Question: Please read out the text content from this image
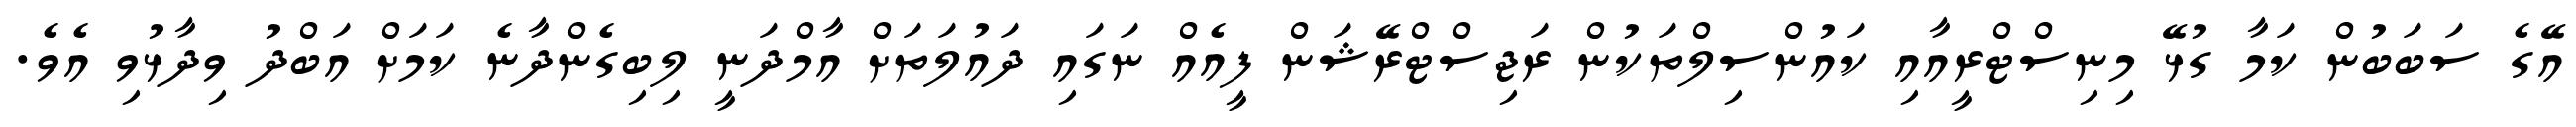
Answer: އޭގެ ސަބަބުން ކަމާ ގުޅޭ މިނިސްޓްރީއާއި ކައުންސިލްތަކުން ރަޖިސްޓްރޭޝަން ފީއެއް ނަގައި ދައުލަތަށް އާމްދަނީ ލިބިގެންދާނެ ކަމަށް އަބްދު ވިދާޅުވި އެވެ.